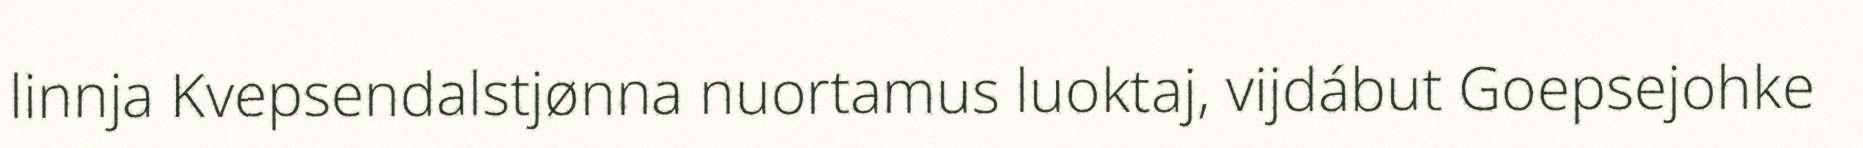
linnja Kvepsendalstjønna nuortamus luoktaj, vijdábut Goepsejohke